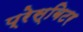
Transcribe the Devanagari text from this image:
प्रेस्बिटर